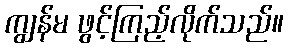
ကျွန်မ ဖွင့်ကြည့်လိုက်သည်။